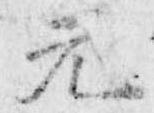
元